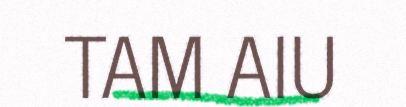
TAM AIU